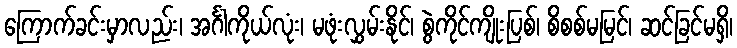
ကြောက်ခင်းမှာလည်း၊ အင်္ဂါကိုယ်လုံး၊ မဖုံးလွှမ်းနိုင်၊ စွဲကိုင်ကျိုးပြစ်၊ စိစစ်မမြင်၊ ဆင်ခြင်မရှိ၊